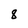
Character: 8